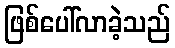
ဖြစ်ပေါ်လာခဲ့သည်